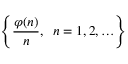
\left\{ { \frac { \varphi ( n ) } { n } } , \; \; n = 1 , 2 , \ldots \right\}